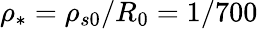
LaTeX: \rho_{*}=\rho_{s0}/R_{0}=1/700